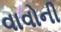
વાવોની